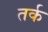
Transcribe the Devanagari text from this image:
तर्क